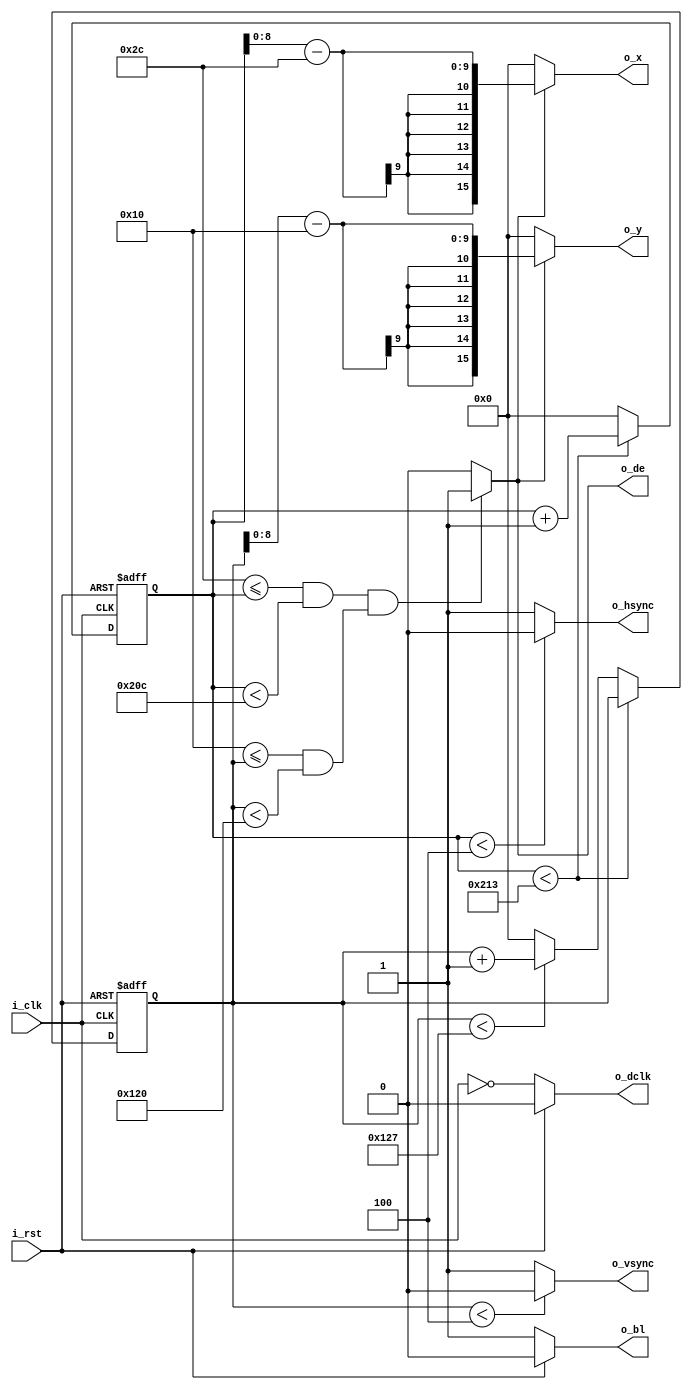
module Vga (
    input i_rst,          // Reset input
    input i_clk,          // Input clock
    output o_dclk,        // Output display clock
    output o_hsync,       // Output horizontal sync
    output o_vsync,       // Output vertical sync
    output o_bl,          // Output data enable
    output o_de,          // Output data enable
    output [15:0] o_x,     // Output current pixel X-coordinate
    output [15:0] o_y      // Output current pixel Y-coordinate
);
    // Horizontal timing parameters
    parameter HLOW = 4;
    parameter HBP  = 40;
    parameter HACT = 480;
    parameter HFP  = 8;

    // Vertical timing parameters
    parameter VLOW = 4;
    parameter VBP  = 12;
    parameter VACT = 272;
    parameter VFP  = 8;

    // Derived timing parameters
    parameter HA = HLOW;
    parameter HB = HLOW + HBP;
    parameter HC = HLOW + HBP + HACT;
    parameter HD = HLOW + HBP + HACT + HFP;
    parameter VA = VLOW;
    parameter VB = VLOW + VBP;
    parameter VC = VLOW + VBP + VACT;
    parameter VD = VLOW + VBP + VACT + VFP;

    reg [15:0] hcnt;
    reg [15:0] vcnt;
    always @(negedge i_clk or posedge i_rst) begin
        if( i_rst ) begin
            hcnt <= 0;
            vcnt <= 0;
        end else begin
            //o_x      <= ( o_de == 1'b1 )? (hcnt[8:0] - HB[8:0]) : 9'b0;
            //o_y      <= ( o_de == 1'b1 )? (vcnt[8:0] - VB[8:0]) : 9'b0;
            if( hcnt < HD-1 ) begin
                hcnt <= hcnt + 1'b1;
            end else begin
                hcnt <= 0;
                if( vcnt < VD-1 ) begin
                    vcnt <= vcnt + 1'b1;
                end else begin
                    vcnt <= 0;
                end
            end
        end
    end
    assign o_bl     = i_rst?0:1;
    assign o_dclk   = i_rst?0:!i_clk;
    assign o_hsync  = ( hcnt < HA )? 1'b0 : 1'b1;
    assign o_vsync  = ( vcnt < VA )? 1'b0 : 1'b1;
    assign o_de     = ( (HB <= hcnt && hcnt < HC) &&
                        (VB <= vcnt && vcnt < VC) )? 1'b1 : 1'b0;
    assign o_x      = ( o_de == 1'b1 )? (hcnt[8:0] - HB[8:0]) : 9'b0;
    assign o_y      = ( o_de == 1'b1 )? (vcnt[8:0] - VB[8:0]) : 9'b0;
endmodule